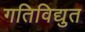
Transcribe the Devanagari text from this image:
गतिविद्युत